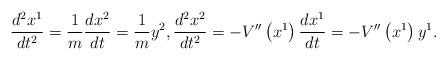
LaTeX: \begin{align*} \frac{d^2x^1}{dt^2}=\frac{1}{m}\frac{dx^2}{dt}=\frac{1}{m}y^2, \frac{d^2x^2}{dt^2}=-V^{\prime \prime }\left(x^1\right)\frac{dx^1}{dt}=-V^{\prime \prime}\left(x^1\right)y^1.\end{align*}